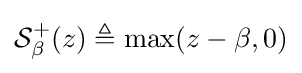
{\textstyle {\mathcal {S}}_{\beta }^{+}(z)\triangleq \max(z-\beta ,0)}